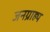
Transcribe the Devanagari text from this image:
जनग्राह्य